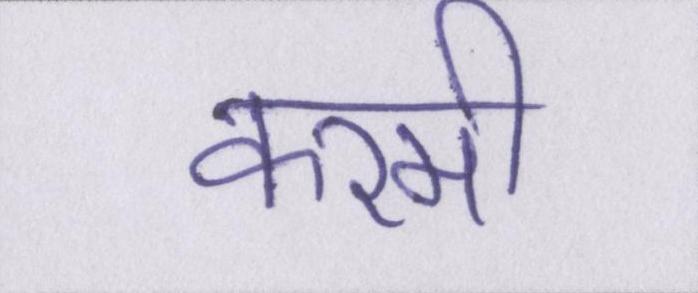
करमी